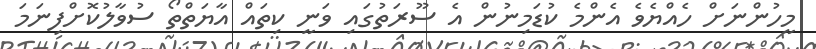
މީހުންނަށް ހެއްޔެވެ އެންމެ ކުޑަމިނުން އެ ސޫރަތުގައި ވަނީ ކިތައް އާޔަތްތޯ ސުވާލުކޮށްފިނަމަ